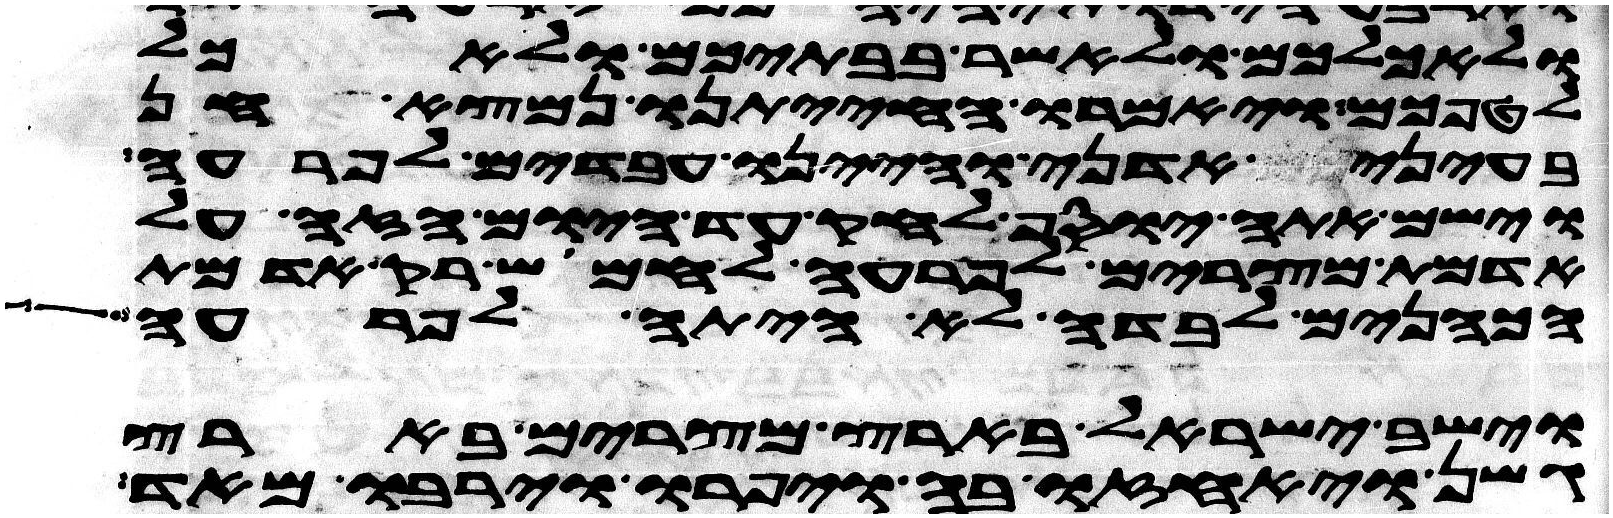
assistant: ולאכלכם ולאשר בבתיכם ולאכל
לטפכם ויאמרו החיתנו נמצא חן
בעיני אדני והיינו עבדים לפרעה
וישם אתה יוסף לחק עד היום הזה על
אדמת מצרים לפרעה לחמוש רק אדמת
הכהנים לבדה לא היתה לפרעה
וישב ישראל בארץ מצרים בארץ
גשן ויאחזו בה ויפרו וירבו מאד